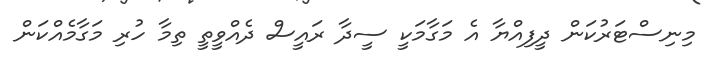
މިނިސްޓަރުކަން ދީފިއްޔާ އެ މަގާމަކީ ސީދާ ރައީސް ދެއްވީތީ ތިމާ ހުރި މަގާމެއްކަން